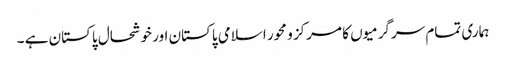
ہماری تمام سرگرمیوں کا مرکز و محور اسلامی پاکستان اور خوشحال پاکستان ہے ۔